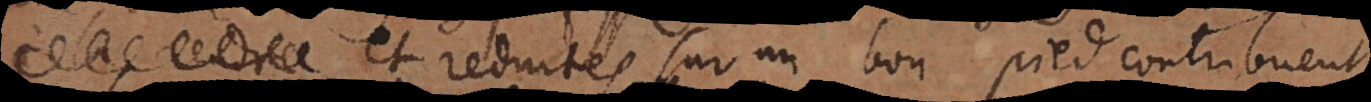
menagées et reduites sur un bon pied contribuent